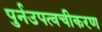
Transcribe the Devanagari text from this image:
पुर्नउपत्वचीकरण